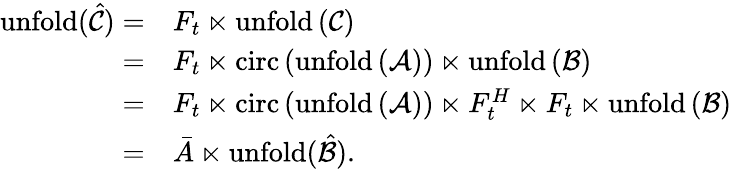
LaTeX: \begin{array}{rl}{\mathrm{unfold(\hat{\mathcal{C}})}=}&{F_{t}\ltimes\mathrm{unfold\left(\mathcal{C}\right)}}\\ {=}&{F_{t}\ltimes\mathrm{circ}\left(\mathrm{unfold\left(\mathcal{A}\right)}\right)\ltimes\mathrm{unfold\left(\mathcal{B}\right)}}\\ {=}&{F_{t}\ltimes\mathrm{circ}\left(\mathrm{unfold\left(\mathcal{A}\right)}\right)\ltimes{F_{t}^{H}}\ltimes F_{t}\ltimes\mathrm{unfold\left(\mathcal{B}\right)}}\\ {=}&{\bar{A}\ltimes\mathrm{unfold(\hat{\mathcal{B}})}.}\end{array}